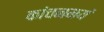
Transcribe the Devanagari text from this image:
कांचनमयं